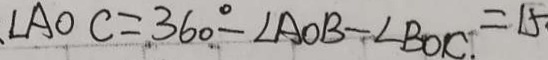
\angle A O C = 3 6 0 ^ { \circ } - \angle A O B - \angle B O C = 1 5